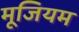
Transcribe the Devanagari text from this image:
मूजियम